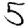
Digit: 5